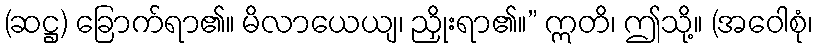
(ဆဋ္ဌ) ခြောက်ရာ၏။ မိလာယေယျ၊ ညှိုးရာ၏။” ဣတိ၊ ဤသို့။ (အဝေါစုံ၊